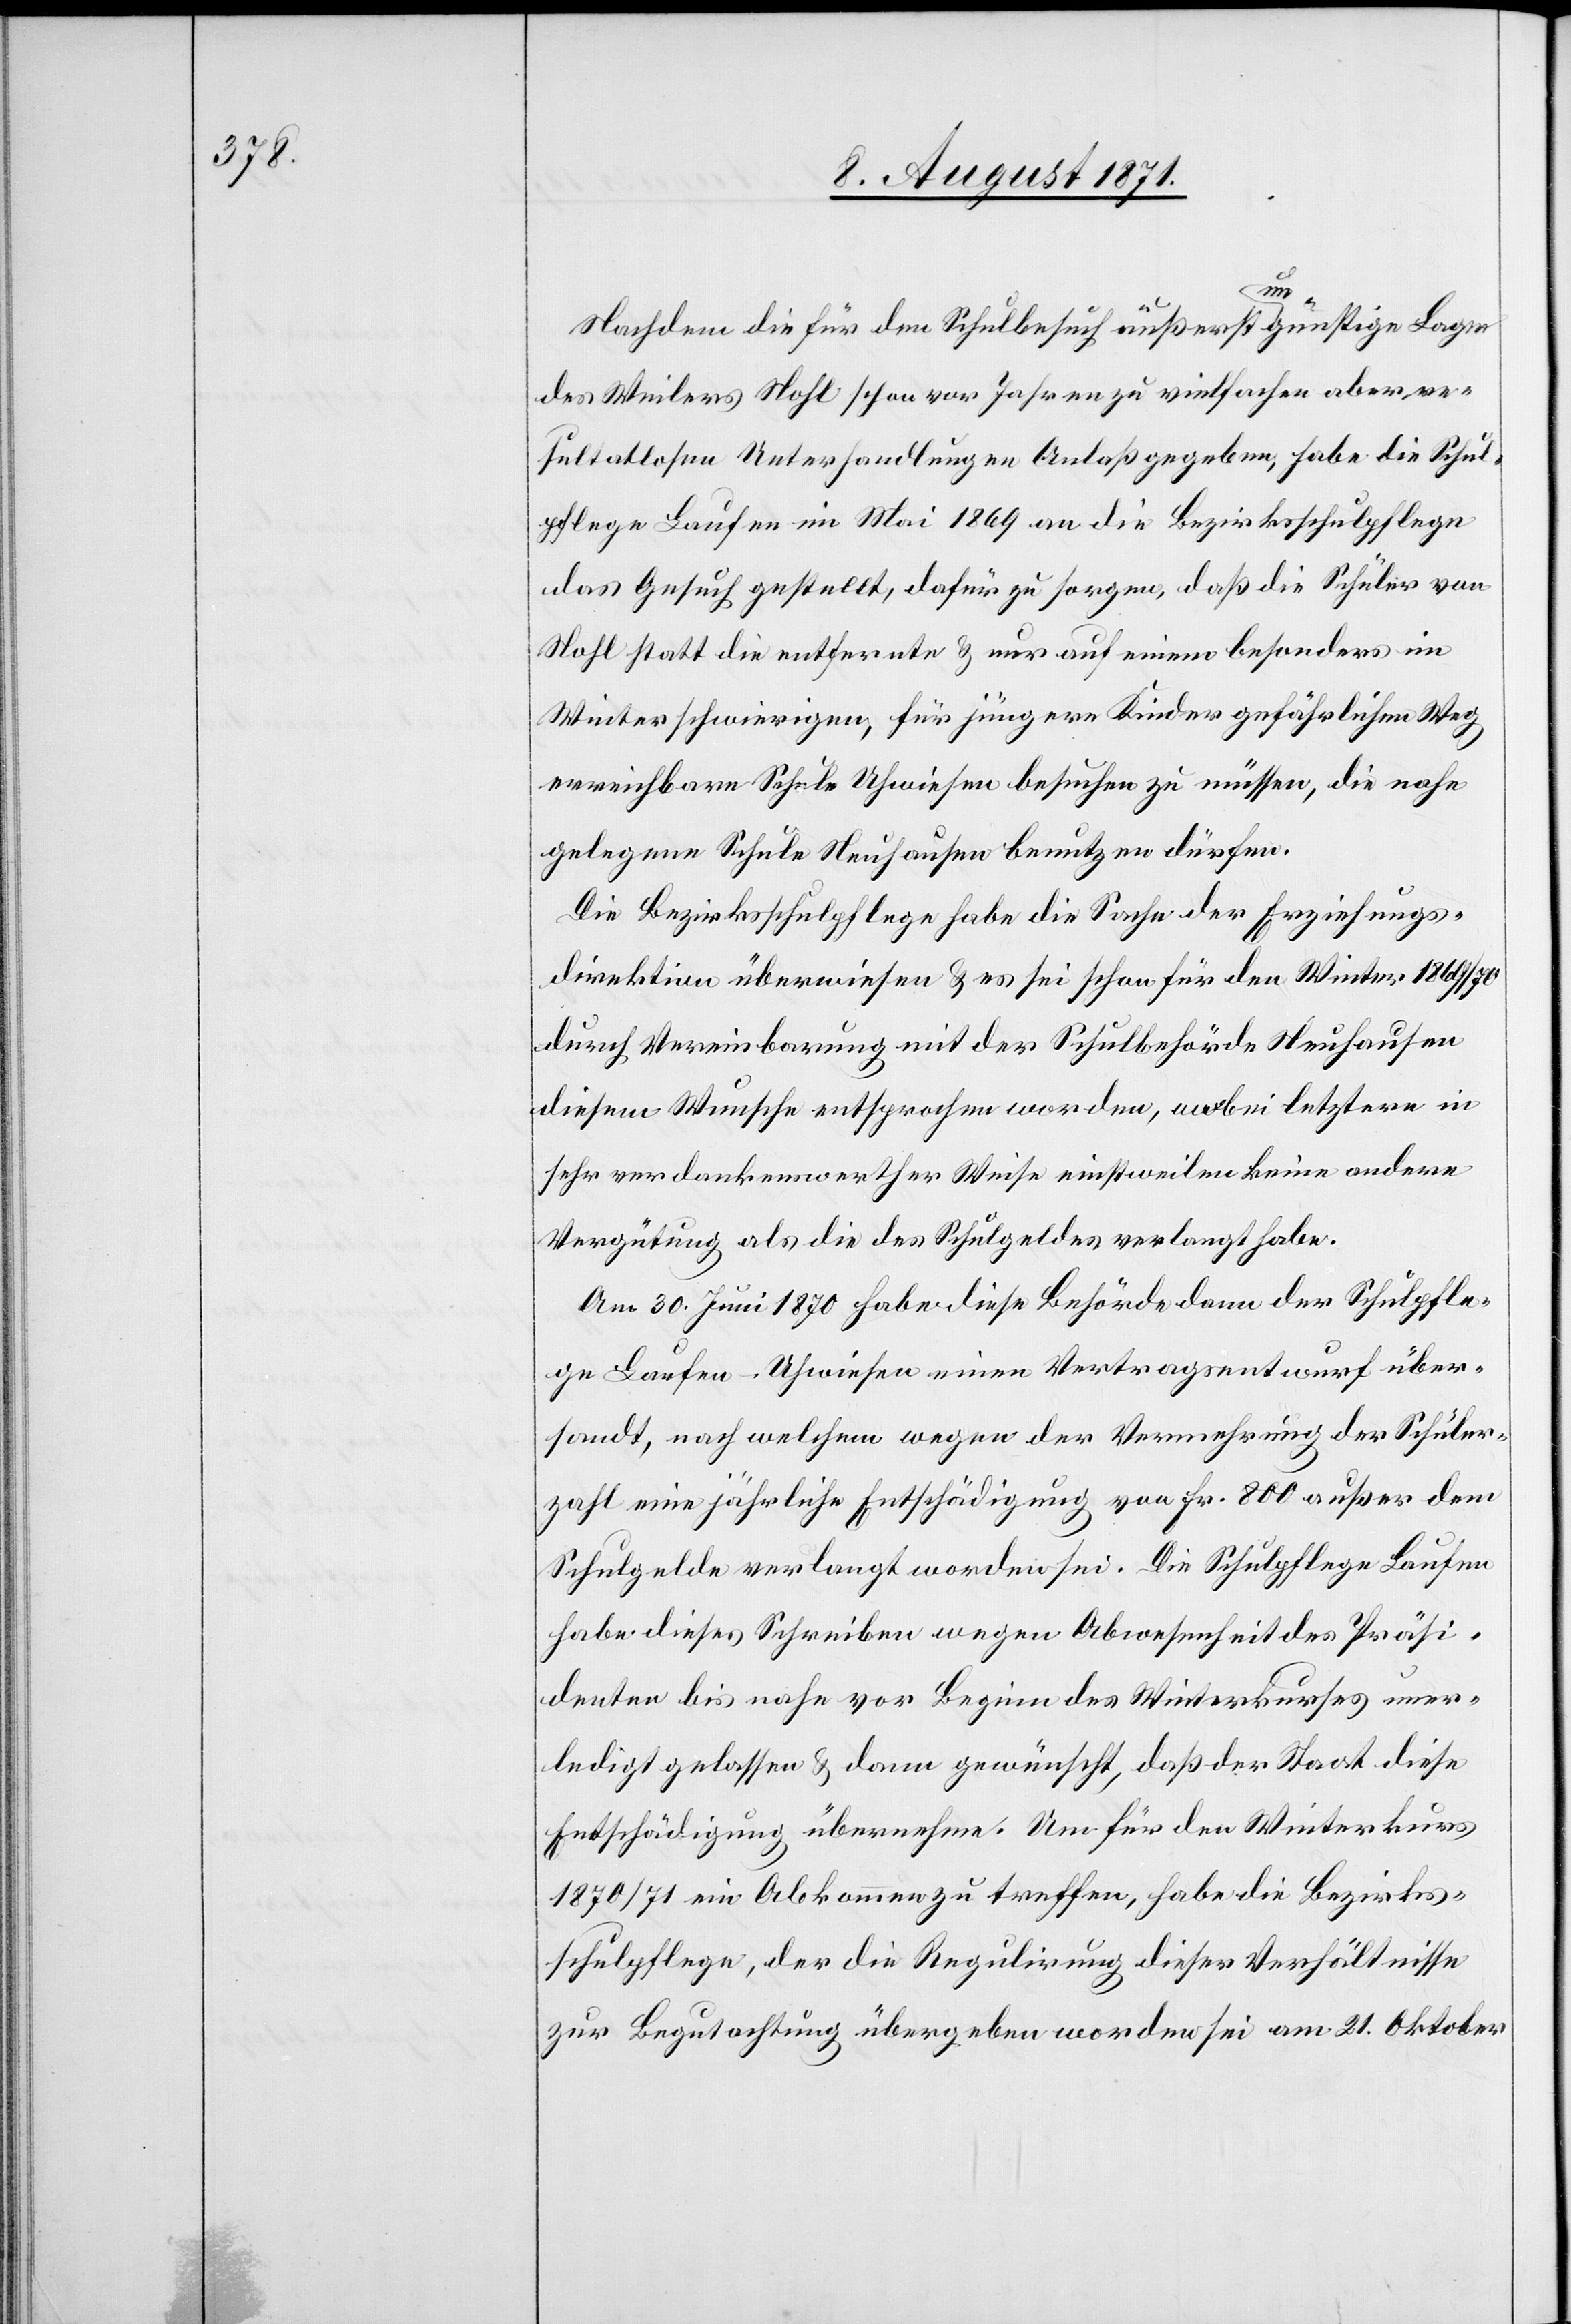
Nachdem die für den Schulbesuch äußerst ungünstige Lage
des Weilers Nohl schon vor Jahren zu vielfachen aber re¬
sultatlosen Unterhandlungen Anlaß gegeben, habe die Schul¬
pflege Laufen im Mai 1869 an die Bezirksschulpflege
das Gesuch gestellt, dafür zu sorgen, daß die Schüler von
Nohl statt die entfernte u. nur auf einem besonders im
Winter schwierigen, für jüngere Kinder gefährlichen Weg
erreichbare Schule Uhwiesen besuchen zu müssen, die nahe
gelegene Schule Neuhausen benutzen dürfen.
Die Bezirksschulpflege habe die Sache der Erziehungs¬
direktion überwiesen u. es sei schon für den Winter 1869/70
durch Vereinbarung mit der Schulbehörde Neuhausen
diesem Wunsche entsprochen worden, wobei letztere in
sehr verdankenswerther Weise einstweilen keine andere
Vergütung als die des Schulgeldes verlangt habe.
Am 30. Juni 1870 habe diese Behörde dann der Schulpfle¬
ge Laufen-Uhwiesen einen Vertragsentwurf über¬
sandt, nach welchem wegen der Vermehrung der Schüler¬
zahl eine jährliche Entschädigung von Fr. 800 außer dem
Schulgelde verlangt worden sei. Die Schulpflege Laufen
habe dieses Schreiben wegen Abwesenheit des Präsi¬
denten bis nahe vor Beginn des Winterkurses uner¬
ledigt gelassen u. dann gewünscht, daß der Staat diese
Entschädigung übernehme. Um für den Winterkurs
1870/71 ein Abkommen zu treffen, habe die Bezirks¬
schulpflege, der die Regulirung dieser Verhältnisse
zur Begutachtung übergeben worden sei am 21. Oktober